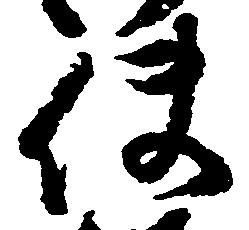
使